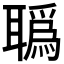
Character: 𦖯